Structure of Hæmatopota pluvialis (Meigen) - Number 55
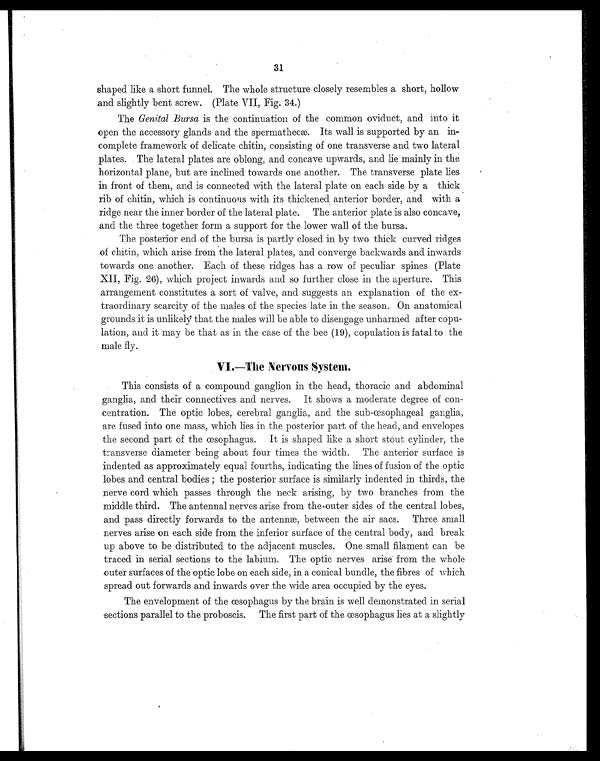
31
shaped like a short funnel. The whole structure closely resembles a short, hollow
and slightly bent screw. (Plate VII, Fig. 34.)
The Genital Bursa is the continuation of the common oviduct, and into it
open the accessory glands and the spermathecæ. Its wall is supported by an in-
complete framework of delicate chitin, consisting of one transverse and two lateral
plates. The lateral plates are oblong, and concave upwards, and lie mainly in the
horizontal plane, but are inclined towards one another. The transverse plate lies
in front of them, and is connected with the lateral plate on each side by a thick
rib of chitin, which is continuous with its thickened anterior border, and with a
ridge near the inner border of the lateral plate. The anterior plate is also concave,
and the three together form a support for the lower wall of the bursa.
The posterior end of the bursa is partly closed in by two thick curved ridges
of chitin, which arise from the lateral plates, and converge backwards and inwards
towards one another. Each of these ridges has a row of peculiar spines (Plate
XII, Fig. 26), which project inwards and so further close in the aperture. This
arrangement constitutes a sort of valve, and suggests an explanation of the ex-
traordinary scarcity of the males of the species late in the season. On anatomical
grounds it is unlikely that the males will be able to disengage unharmed after copu-
lation, and it may be that as in the case of the bee (19), copulation is fatal to the
male fly.
VI.—The Nervous System.
This consists of a compound ganglion in the head, thoracic and abdominal
ganglia, and their connectives and nerves. It shows a moderate degree of con-
centration. The optic lobes, cerebral ganglia, and the sub-œsophageal ganglia,
are fused into one mass, which lies in the posterior part of the head, and envelopes
the second part of the œsophagus. It is shaped like a short stout cylinder, the
transverse diameter being about four times the width. The anterior surface is
indented as approximately equal fourths, indicating the lines of fusion of the optic
lobes and central bodies; the posterior surface is similarly indented in thirds, the
nerve cord which passes through the neck arising, by two branches from the
middle third. The antennal nerves arise from the outer sides of the central lobes,
and pass directly forwards to the antennæ, between the air sacs. Three small
nerves arise on each side from the inferior surface of the central body, and break
up above to be distributed to the adjacent muscles. One small filament can be
traced in serial sections to the labium. The optic nerves arise from the whole
outer surfaces of the optic lobe on each side, in a conical bundle, the fibres of which
spread out forwards and inwards over the wide area occupied by the eyes.
The envelopment of the œsophagus by the brain is well demonstrated in serial
sections parallel to the proboscis. The first part of the œsophagus lies at a slightly